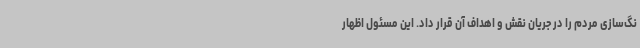
نگ‌سازی مردم را در جریان نقش و اهداف آن قرار داد. این مسئول اظهار